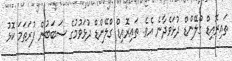
ތައިރޮއިޑް ގްލޭންޑް ދުޅަވެދާނެ އެވެ. ތައިރޮއިޑް ގްލޭންޑް ދުޅަވުމުގެ ސަބަބުން ފުރަތަމަ ކޮޅު